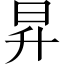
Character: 昇